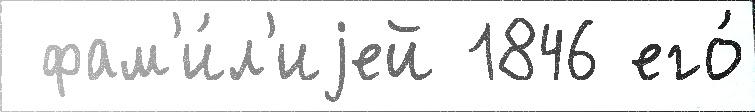
 фам'и́л'иjей 1846 его́